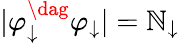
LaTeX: |\varphi_{\downarrow}^{\dag}\varphi_{\downarrow}|=\mathbb{N}_{\downarrow}